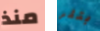
منذ بتلر